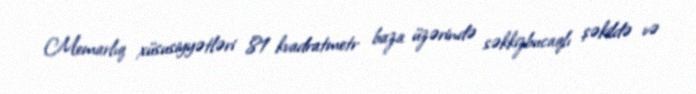
Memarlıq xüsusiyyətləri 81 kvadratmetr baza üzərində səkkizbucaqlı şəkildə və